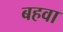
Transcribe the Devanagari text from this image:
बहवा